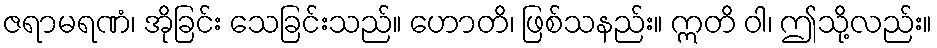
ဇရာမရဏံ၊ အိုခြင်း သေခြင်းသည်။ ဟောတိ၊ ဖြစ်သနည်း။ ဣတိ ဝါ၊ ဤသို့လည်း။